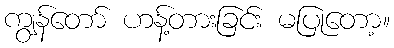
ကျွန်တော် ဟန့်တားခြင်း မပြုတော့။